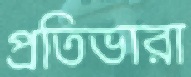
প্রতিভারা